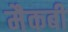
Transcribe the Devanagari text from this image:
मैकबी